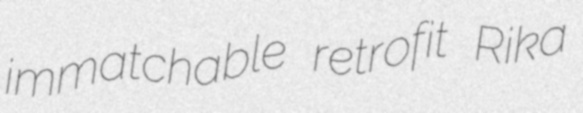
immatchable retrofit Rika